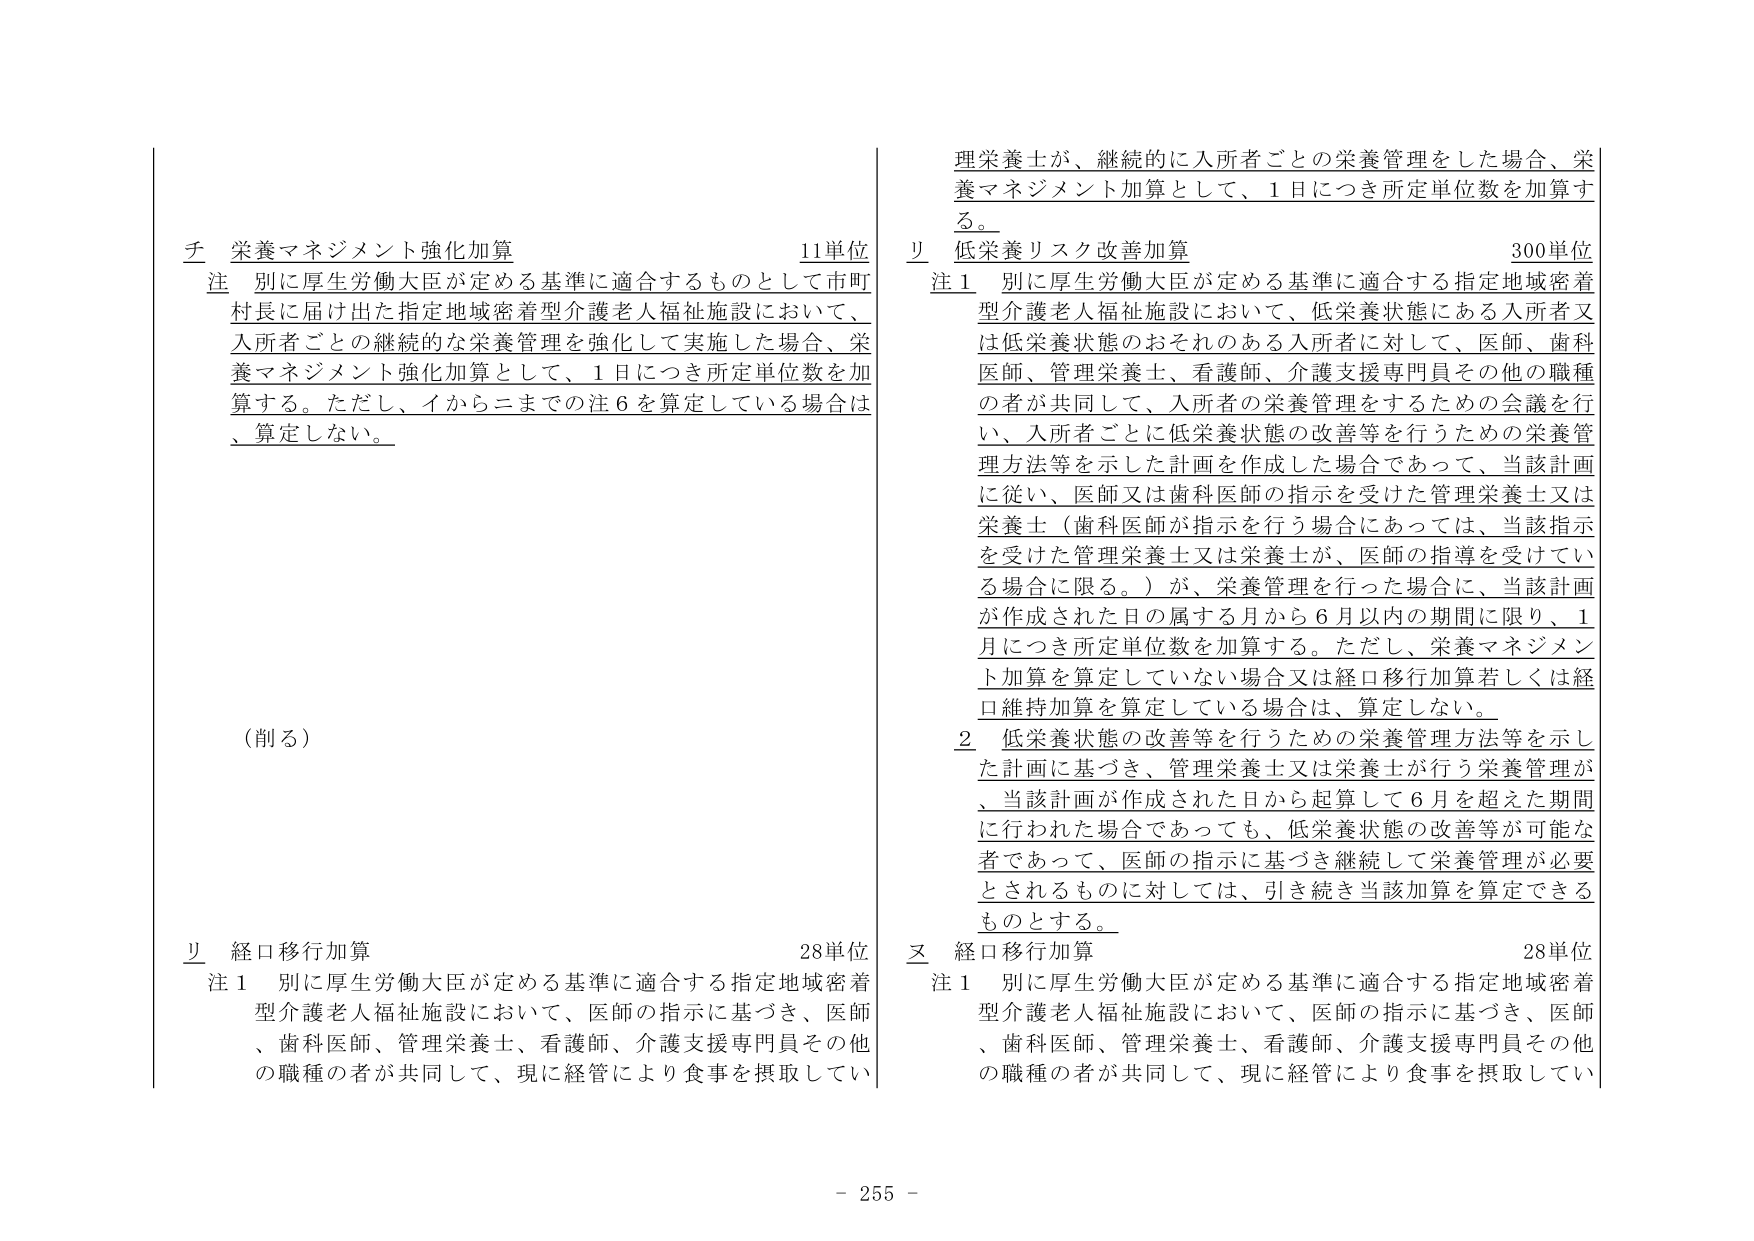
チ 栄養マネジメント強化加算 11単位
注 別に厚生労働大臣が定める基準に適合するものとして市町村長に届け出た指定地域密着型介護老人福祉施設において、入所者ごとの継続的な栄養管理を強化して実施した場合、栄養マネジメント強化加算として、1日につき所定単位数を加算する。ただし、イからニまでの注6を算定している場合は、算定しない。

（削る）

リ 経口移行加算 28単位
注1 別に厚生労働大臣が定める基準に適合する指定地域密着型介護老人福祉施設において、医師の指示に基づき、医師、歯科医師、管理栄養士、看護師、介護支援専門員その他の職種の者が共同して、現に経管により食事を摂取してい

理栄養士が、継続的に入所者ごとの栄養管理をした場合、栄養マネジメント加算として、1日につき所定単位数を加算する。

リ 低栄養リスク改善加算 300単位
注1 別に厚生労働大臣が定める基準に適合する指定地域密着型介護老人福祉施設において、低栄養状態にある入所者又は低栄養状態のおそれのある入所者に対して、医師、歯科医師、管理栄養士、看護師、介護支援専門員その他の職種の者が共同して、入所者の栄養管理をするための会議を行い、入所者ごとに低栄養状態の改善等を行うための栄養管理方法等を示した計画を作成した場合であって、当該計画に従い、医師又は歯科医師の指示を受けた管理栄養士又は栄養士（歯科医師が指示を行う場合にあっては、当該指示を受けた管理栄養士又は栄養士が、医師の指導を受けている場合に限る。）が、栄養管理を行った場合に、当該計画が作成された日の属する月から6月以内の期間に限り、1月につき所定単位数を加算する。ただし、栄養マネジメント加算を算定していない場合又は経口移行加算若しくは経口維持加算を算定している場合は、算定しない。

2 低栄養状態の改善等を行うための栄養管理方法等を示した計画に基づき、管理栄養士又は栄養士が行う栄養管理が、当該計画が作成された日から起算して6月を超えた期間に行われた場合であっても、低栄養状態の改善等が可能な者であって、医師の指示に基づき継続して栄養管理が必要とされるものに対しては、引き続き当該加算を算定できるものとする。

ヌ 経口移行加算 28単位
注1 別に厚生労働大臣が定める基準に適合する指定地域密着型介護老人福祉施設において、医師の指示に基づき、医師、歯科医師、管理栄養士、看護師、介護支援専門員その他の職種の者が共同して、現に経管により食事を摂取してい

- 255 -